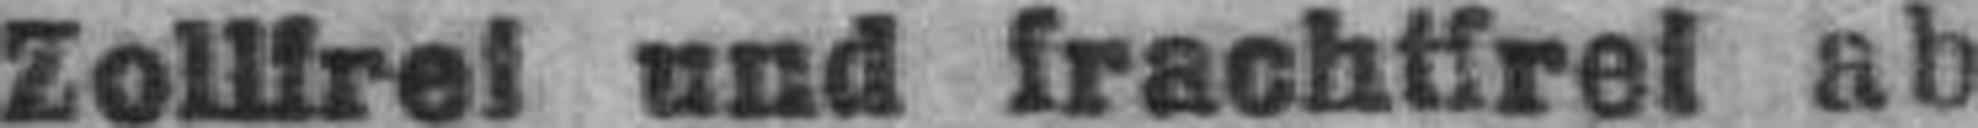
Zollfrei und frachtfrei ab